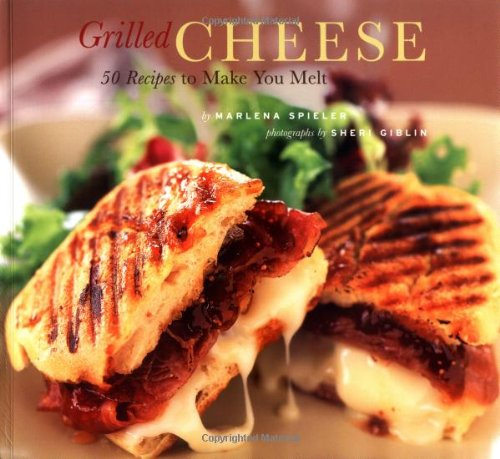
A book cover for Grilled Cheese: 50 Recipes to Make You Melt; Marlena Spieler; Cookbooks, Food & Wine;